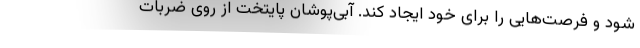
شود و فرصت‌هایی را برای خود ایجاد کند. آبی‌پوشان پایتخت از روی ضربات